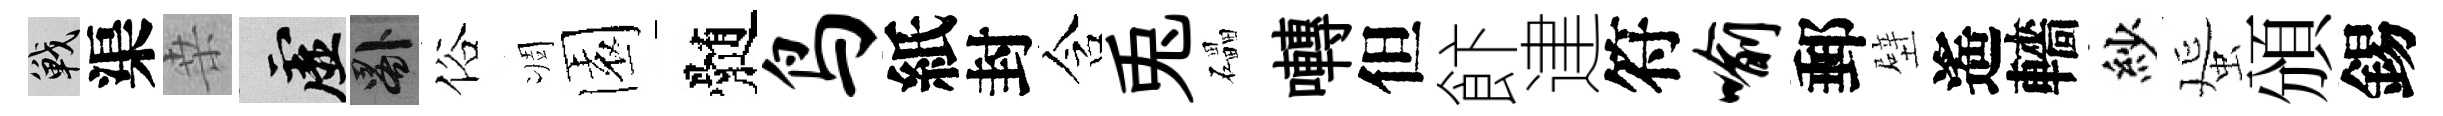
戰渠桒虚晷俗凋園髄鸟紙封含兎礧囀但飰䢖符喻郵壁遙轖紗蜑頒錫